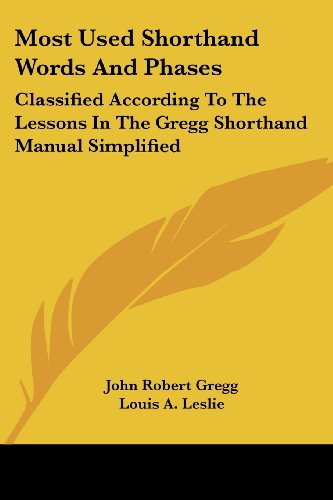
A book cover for Most Used Shorthand Words and Phases: Classified According to the Lessons in the Gregg Shorthand Manual Simplified; John Robert Gregg; Business & Money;